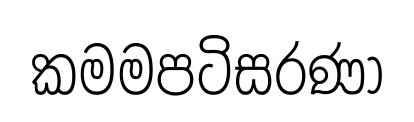
කමමපටිසරණා